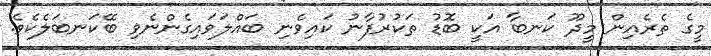
މީގެ ތެރެއިން މީދޫ ކަނބާ އަކީ ބޮޑު ތަކުރުފާނު ކައިވެނި ބައްލަވައިގެންނެވި ބޭކަނބަލެކެވެ.